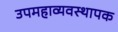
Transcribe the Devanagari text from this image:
उपमहाव्यवस्थापक